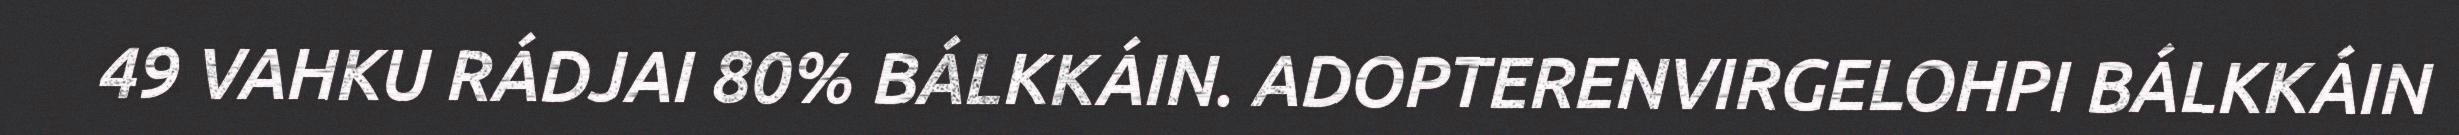
49 VAHKU RÁDJAI 80% BÁLKKÁIN. ADOPTERENVIRGELOHPI BÁLKKÁIN